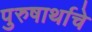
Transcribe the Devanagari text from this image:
पुरुषार्थाचे